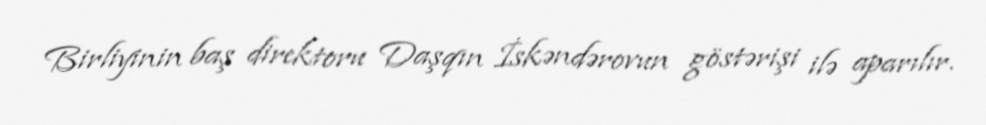
Birliyinin baş direktoru Daşqın İskəndərovun göstərişi ilə aparılır.